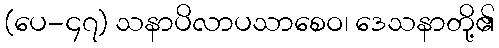
(ပေ-၄၇) သနာပိလာပသာစေဝ၊ ဒေသနာတို့၏